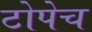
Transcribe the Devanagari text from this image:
टोपेच